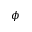
\phi